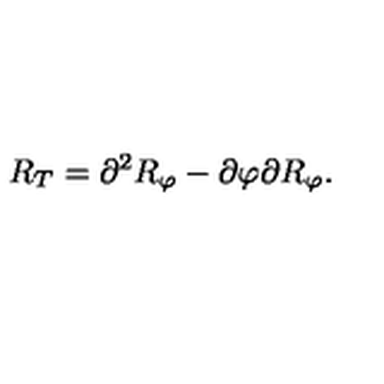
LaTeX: R _ { T } = \partial ^ { 2 } R _ { \varphi } - \partial \varphi \partial R _ { \varphi } .